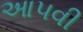
આ૫વી